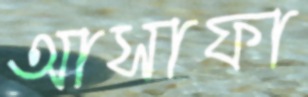
আসাফা